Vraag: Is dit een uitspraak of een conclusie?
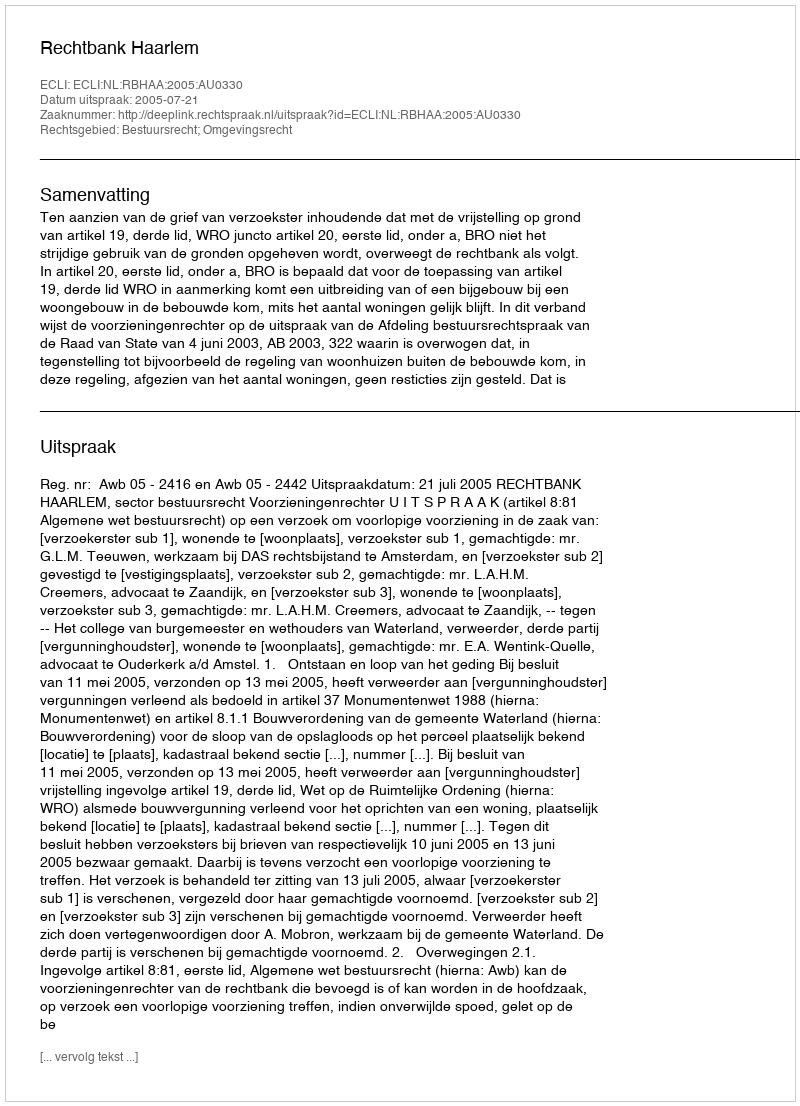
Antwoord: Uitspraak